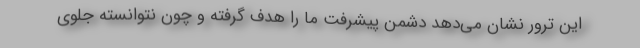
این ترور نشان می‌دهد دشمن پیشرفت ما را هدف گرفته و چون نتوانسته جلوی